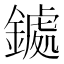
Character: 𮢹